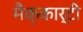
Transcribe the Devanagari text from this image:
मैक्कार्टी